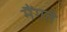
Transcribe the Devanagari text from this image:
मैंगते